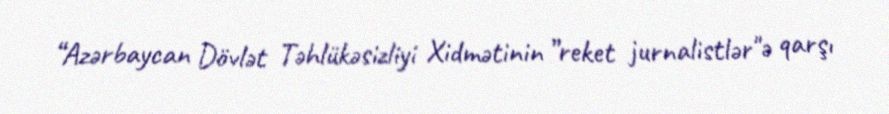
“Azərbaycan Dövlət Təhlükəsizliyi Xidmətinin ”reket jurnalistlər"ə qarşı